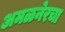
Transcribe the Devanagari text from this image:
अमळनेरचा